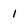
Character: 1